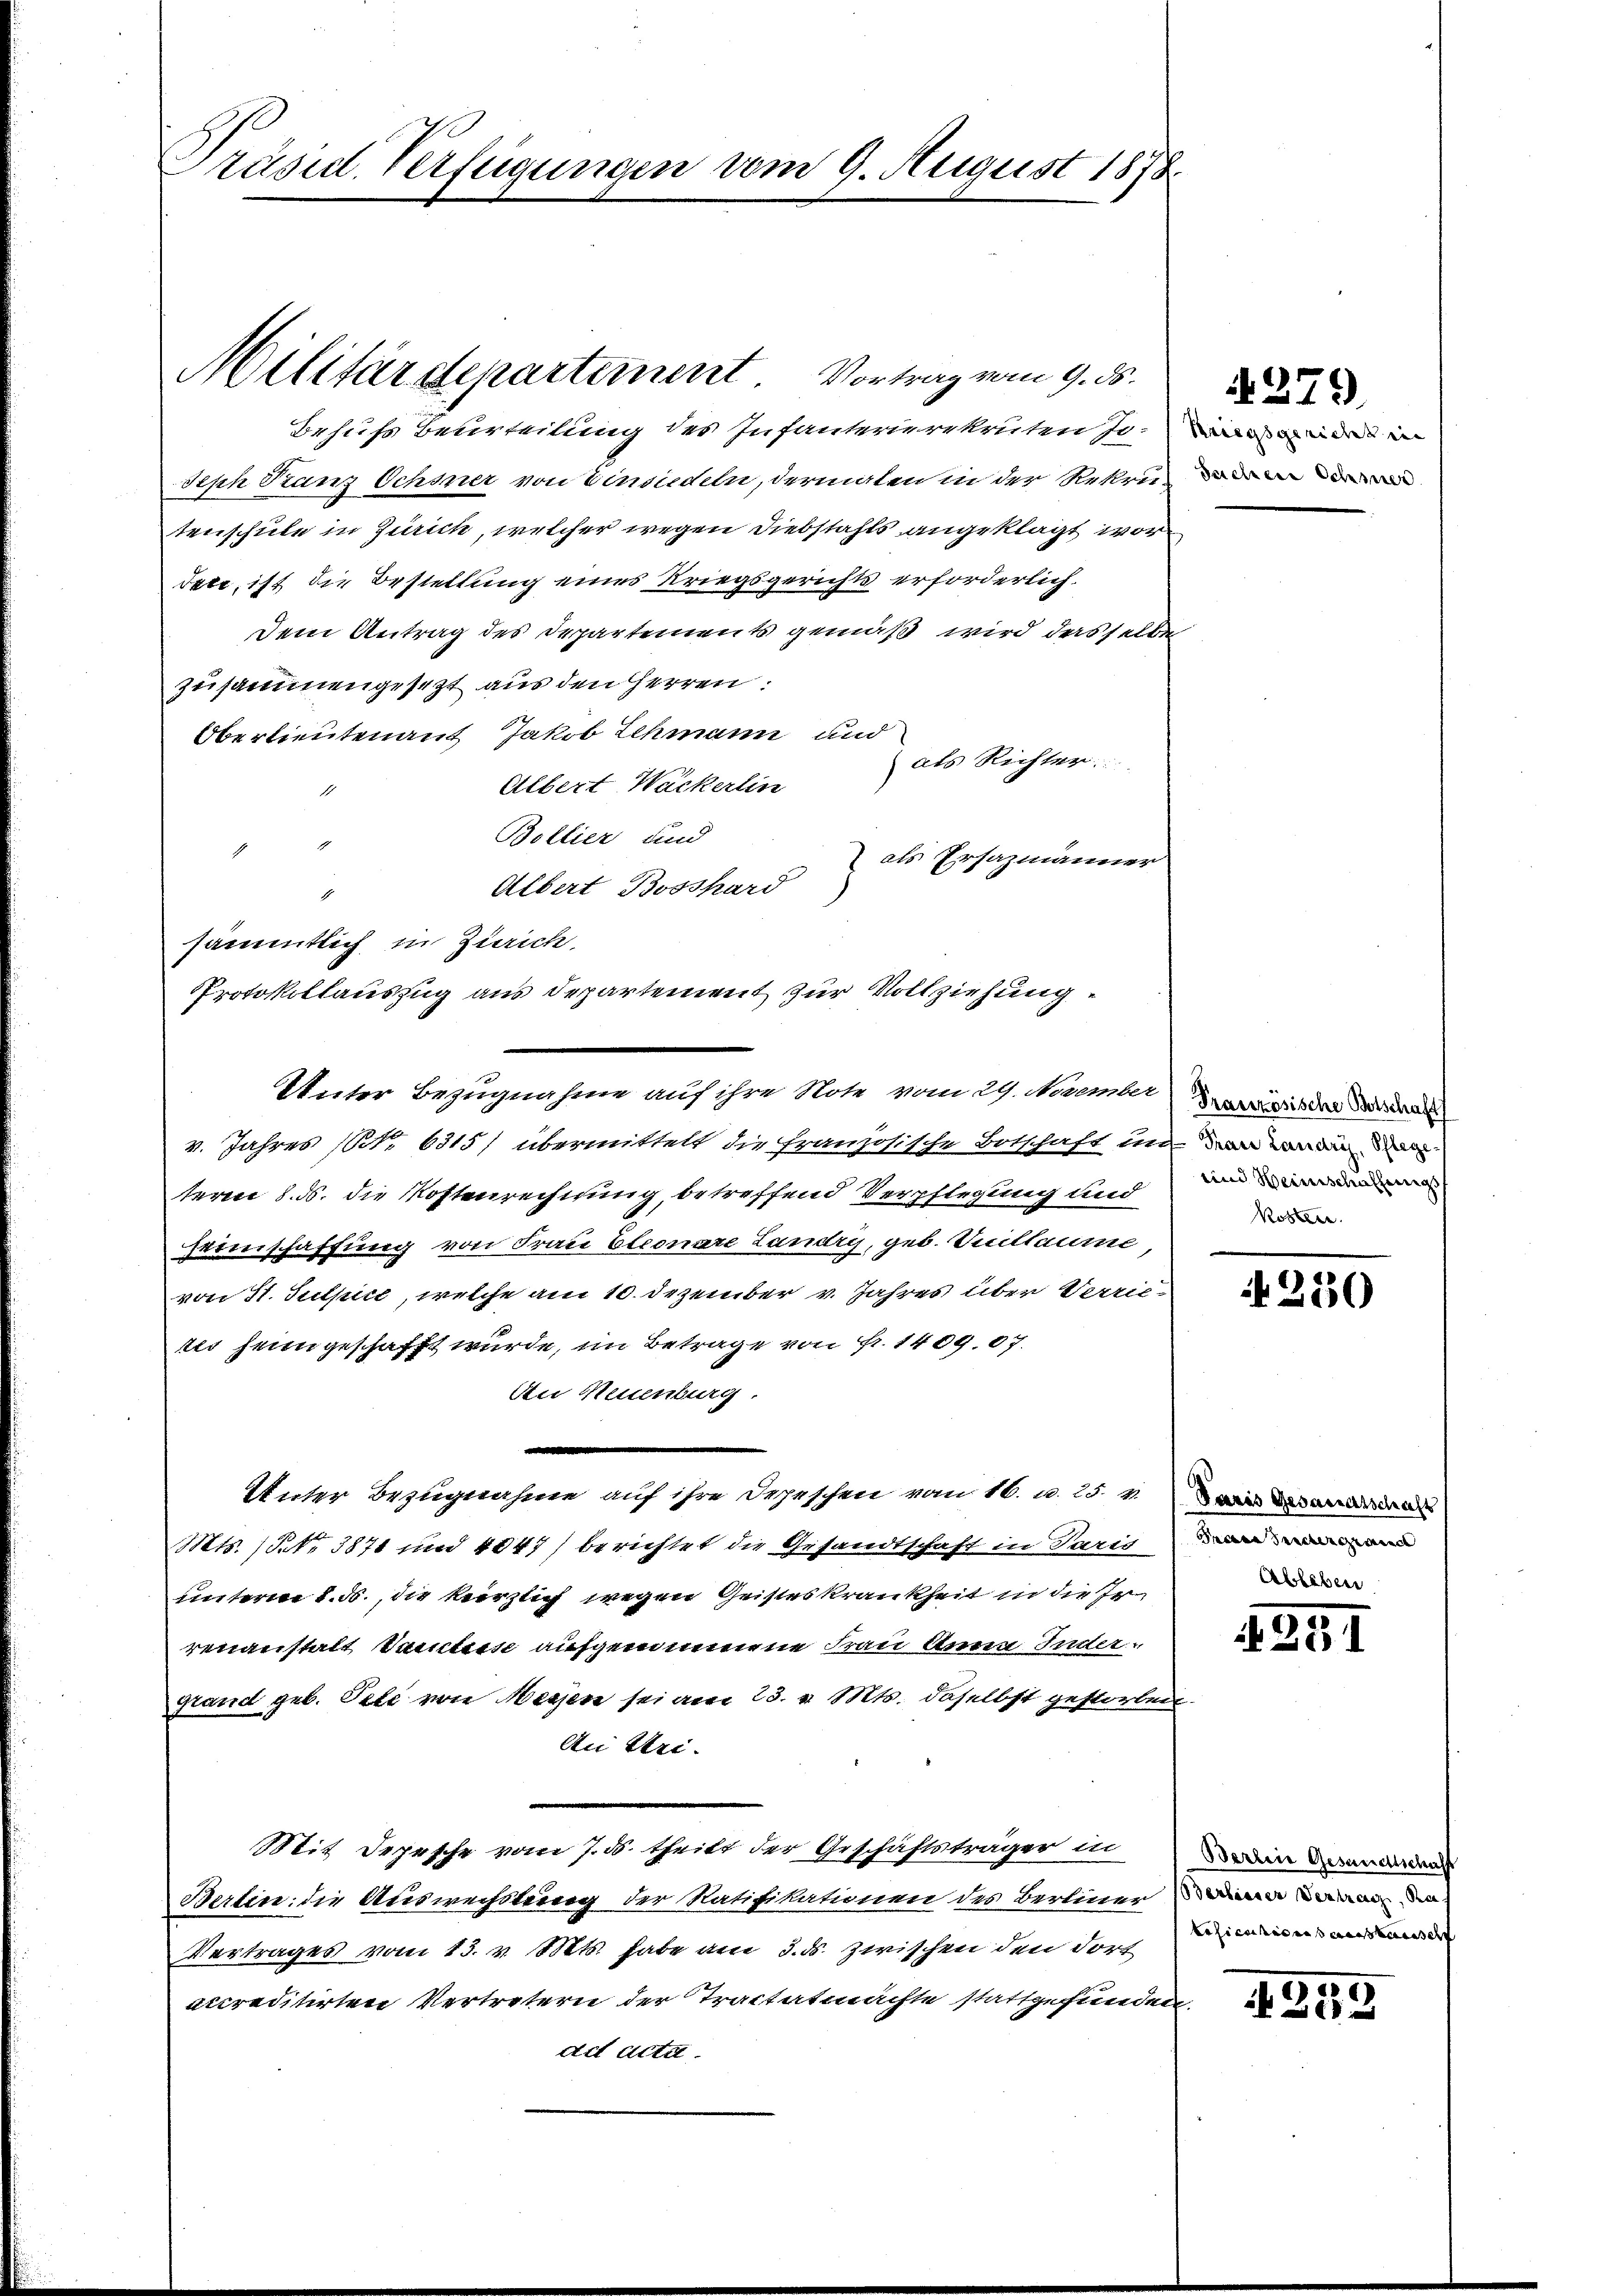
Präsid. Verfügungen vom 9. August 1873

Militärdepartement
Vortrag vom 9. ds.
Behufs Beurteilung des Infanterierekruten zu
Seph Tranz Ochsner von Einsiedeln, dermalen in der Rekrutenschule in Zürich, welcher wegen Diebstahls angeklagt wor
Sete, ist die Bestellung eines Kriegsgerichts erforderlich.
Dem Antrag des Departements gemäß wird das selbe
zusammengesezt aus den Herren:
Oberlieutenant Jakob Schmann und
ats Richter
Albert Wackerlin
Bollier und
als Ersazmänner
Albert Bosshard
1
sämmtlich in Zürich.
Protokollauszug aus Departement zur Vollziehung
Unter Bezugnahme auf ihre Note vom 29. November Verzösische Sa
v. Jahres (Nr. 6315/ übermittelt die französische Botschaft in den war die de
term 8. ds. die Kostenrechnung, betreffend Verpflegung und
Fieschaffung von Frau Eleonare Landry, geb. Vuillaume
von St. Sulpire, welche am 10. Dezember v. Jahres über Verrie-
tes heimgeschafft würde, im Betrage von Fr. 1409. 87.
Au Neuenburg.
e
Unter Bezugnahme auf ihre Depeschen vom 16. u. 25. v.
Mts. (NNo. 3871 und 1047) berichtet die Gesandtschaft in Paris
unterm 8. ds., die herzlich wegen Geisteskrankheit in die Ir
renanstalt Vaters aufgemeinnene Frau Anna Inder-
Grand geb. Tele von Messen sei am 23. v. Mts. daselbst gestorben
An Rei-
Mit Depesche vom 7. ds. theilt der Geschäftsträger in
Berten: die Auswechsterung der Ratifikationen des Berliner
Vertrages vom 15. v. Mts. habe am 3. ds. zwischen den dort
acreditirten Vertretern der Tractatmachte stattgefunden
ad acta.

Seeleere Schner

279

und Weinschaffungs
Kosten.

230

Paris Gesammatschaft
Gras untergienen

251

Berline Gesandtschafft
Berlierer Vertrag, Rakehicinis aussesse

255